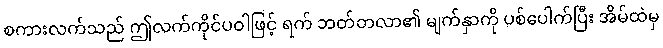
စကားလက်သည် ဤလက်ကိုင်ပဝါဖြင့် ရက် ဘတ်တလာ၏ မျက်နှာကို ပစ်ပေါက်ပြီး အိမ်ထဲမှ